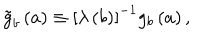
\tilde { g } _ { b } \left( a \right) \equiv \left[ \lambda \left( b \right) \right] ^ { - 1 } g _ { b } \left( a \right) ,